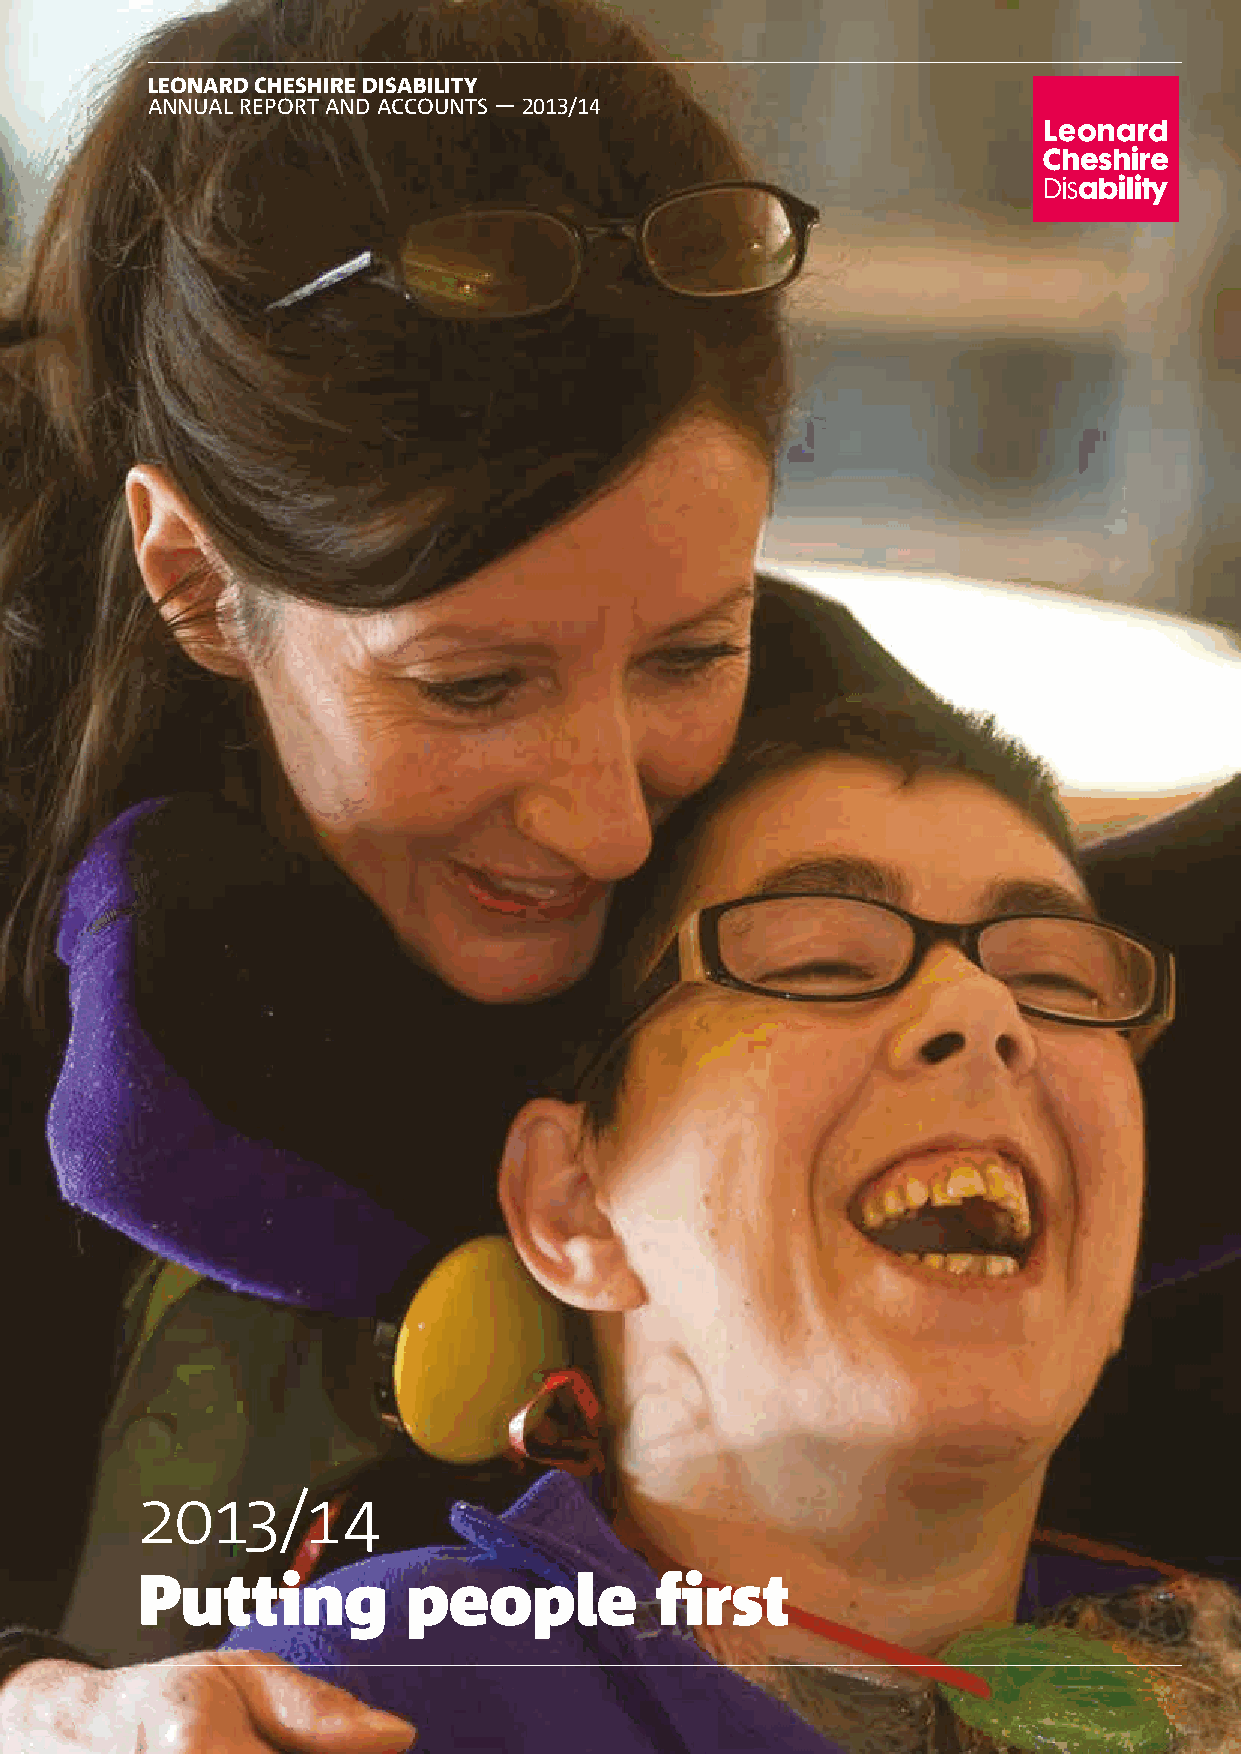
LEONARD CHESHIRE DISABILITY
 ANNUAL REPORT AND ACCOUNTS — 2013/14
 2013/14
 Putting           people          first